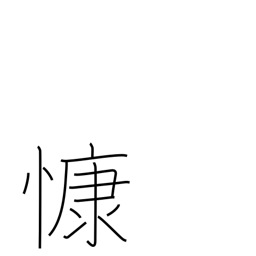
Meaning: grieve